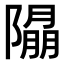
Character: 𨼖